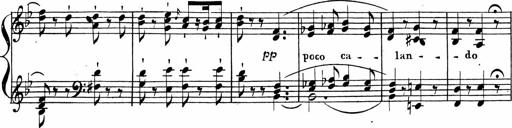
Title: 2 Piano Sonatinas
Composer: Ferdinand Ries